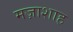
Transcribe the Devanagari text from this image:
मज़ाशाह